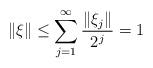
LaTeX: \begin{align*}\|\xi\|\leq \sum_{j=1}^\infty \frac{ \|\xi_j\|}{2^j}=1\end{align*}